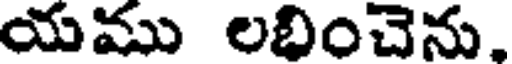
యము లభించెను,